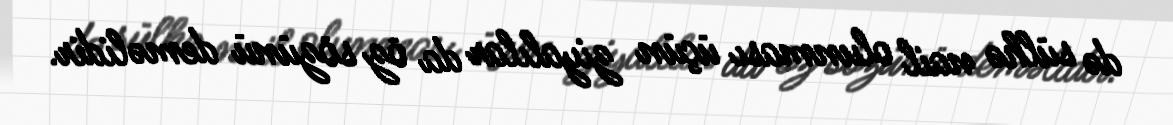
də sülhə nail olunması üçün ziyalılar da öz sözünü deməlidir.